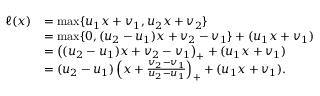
\begin{array} { r l } { \ell ( x ) } & { = \operatorname* { m a x } \{ u _ { 1 } x + v _ { 1 } , u _ { 2 } x + v _ { 2 } \} } \\ & { = \operatorname* { m a x } \{ 0 , ( u _ { 2 } - u _ { 1 } ) x + v _ { 2 } - v _ { 1 } \} + ( u _ { 1 } x + v _ { 1 } ) } \\ & { = \big ( ( u _ { 2 } - u _ { 1 } ) x + v _ { 2 } - v _ { 1 } \big ) _ { + } + ( u _ { 1 } x + v _ { 1 } ) } \\ & { = ( u _ { 2 } - u _ { 1 } ) \left( x + \frac { v _ { 2 } - v _ { 1 } } { u _ { 2 } - u _ { 1 } } \right) _ { + } + ( u _ { 1 } x + v _ { 1 } ) . } \end{array}